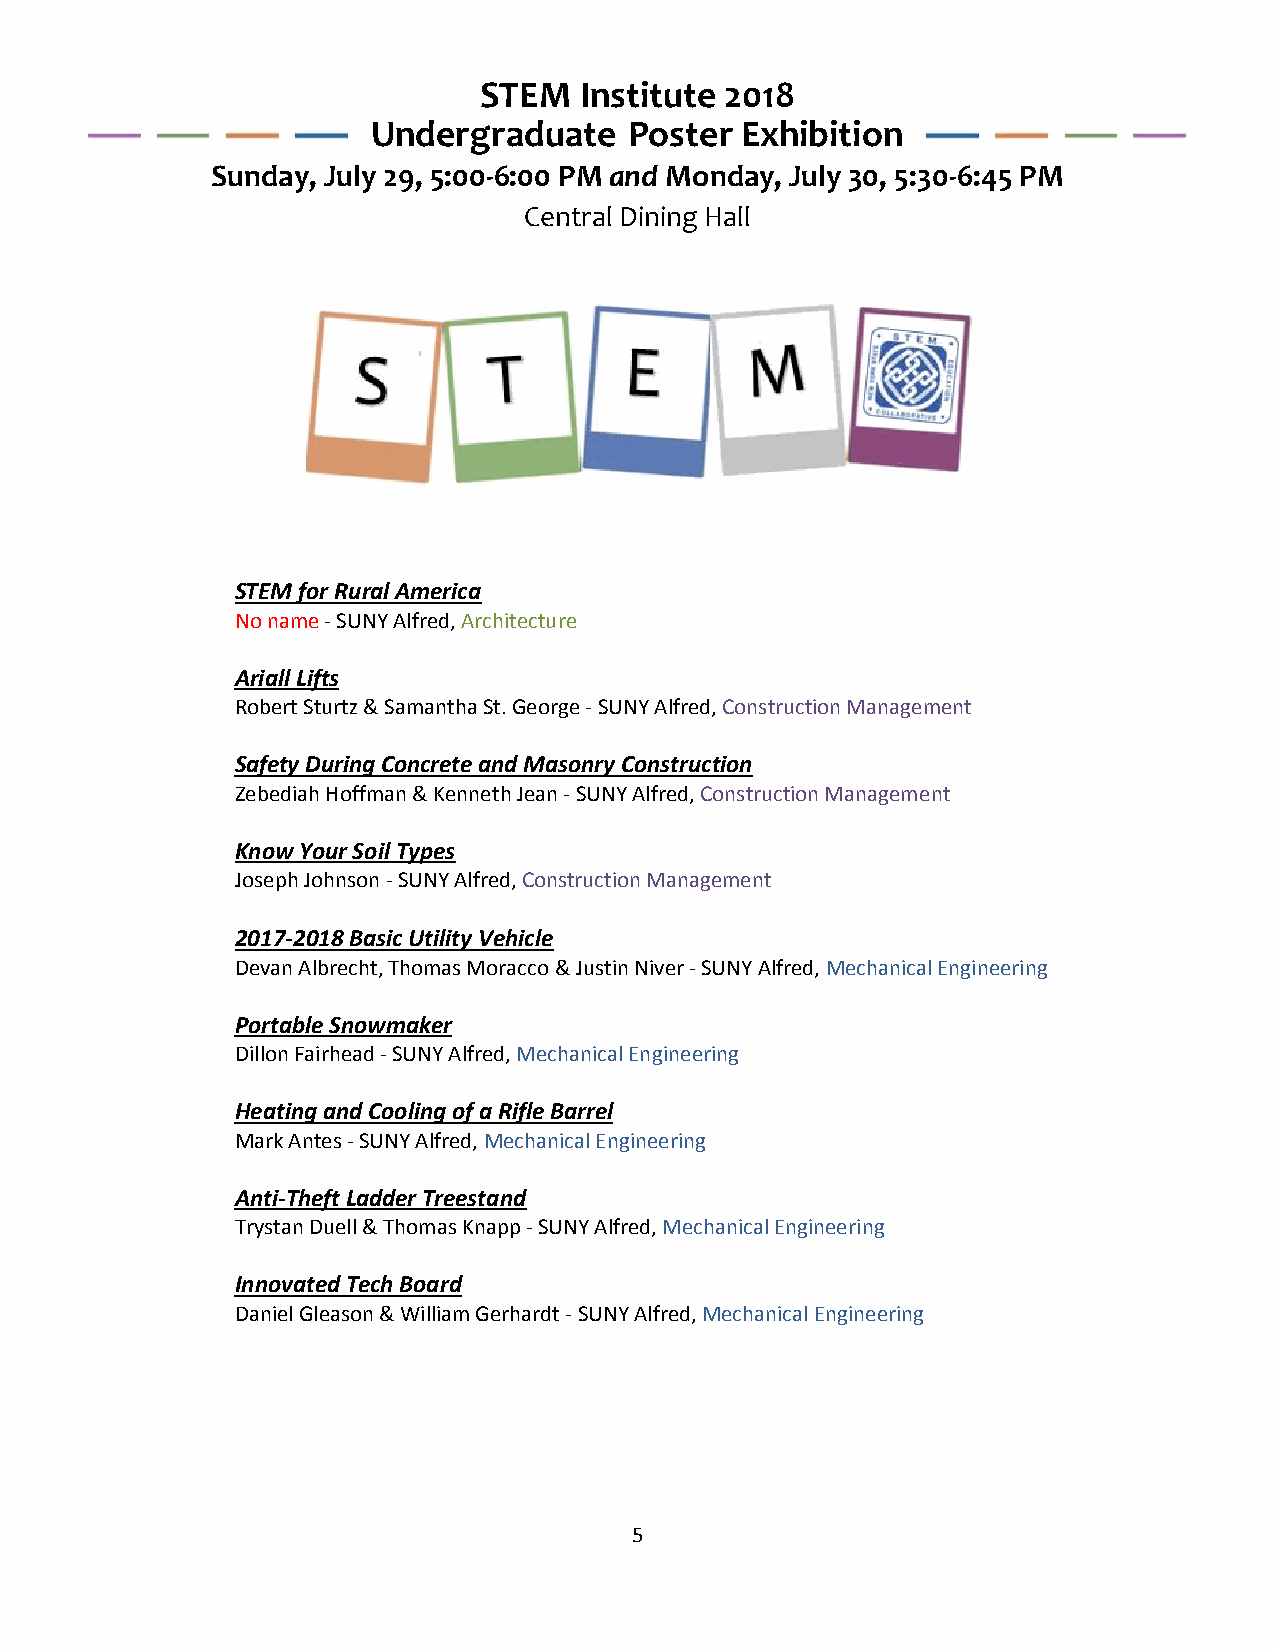
STEM  Institute 2018
 Undergraduate    Poster Exhibition
 Sunday, July 29, 5:00-6:00 PM and Monday, July 30, 5:30-6:45 PM
 Central Dining Hall
 STEM for Rural America
 No name - SUNY Alfred, Architecture
 Ariall Lifts
 Robert Sturtz & Samantha St. George - SUNY Alfred, Construction Management
 Safety During Concrete and Masonry Construction
 Zebediah Hoffman & Kenneth Jean - SUNY Alfred, Construction Management
 Know Your Soil Types
 Joseph Johnson - SUNY Alfred, Construction Management
 2017-2018 Basic Utility Vehicle
 Devan Albrecht, Thomas Moracco & Justin Niver - SUNY Alfred, Mechanical Engineering
 Portable Snowmaker
 Dillon Fairhead - SUNY Alfred, Mechanical Engineering
 Heating and Cooling of a Rifle Barrel
 Mark Antes - SUNY Alfred, Mechanical Engineering
 Anti-Theft Ladder Treestand
 Trystan Duell & Thomas Knapp - SUNY Alfred, Mechanical Engineering
 Innovated Tech Board
 Daniel Gleason & William Gerhardt - SUNY Alfred, Mechanical Engineering
 5